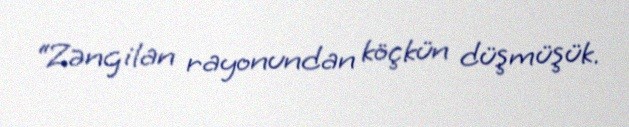
“Zəngilan rayonundan köçkün düşmüşük.